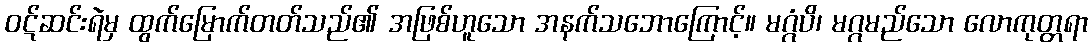
ဝဋ်ဆင်းရဲမှ ထွက်မြောက်တတ်သည်၏ အဖြစ်ဟူသော အနက်သဘောကြောင့်။ မဂ္ဂံပိ၊ မဂ္ဂမည်သော လောကုတ္တရာ